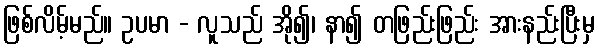
ဖြစ်လိမ့်မည်။ ဥပမာ - လူသည် အို၍၊ နာ၍ တဖြည်းဖြည်း အားနည်းပြီးမှ